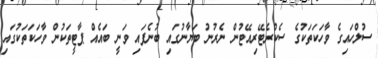
ސުލްހައިގެ ވާހަކަތަކުގެ ސެކްރެޓޭރިއޭޓުން ނެރުނު ބަޔާނުގައި ބުނެފައި ވަނީ ބައެއް ޕާޓީތަކުން ވާހަކަތަކުގައި